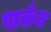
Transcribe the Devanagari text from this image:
पार्कन